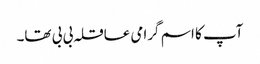
آپ کا اسم گرامی عاقلہ بی بی تھا۔